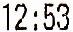
12:53